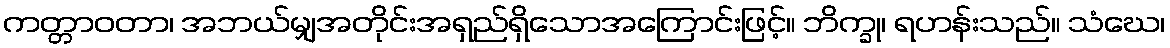
ကတ္တာဝတာ၊ အဘယ်မျှအတိုင်းအရှည်ရှိသောအကြောင်းဖြင့်။ ဘိက္ခု၊ ရဟန်းသည်။ သံဃေ၊